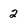
Character: 2